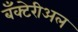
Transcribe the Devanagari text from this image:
बँक्टेरीअल